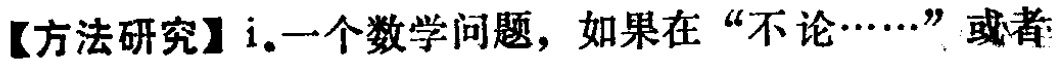
【方法研究】i.一个数学问题，如果在“不论……”或者